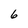
Character: 6